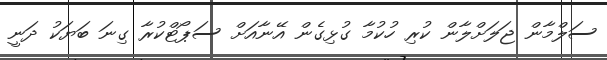
ސަލްމާން ޖަލަށްލާން ކުރި ހުކުމާ ގުޅިގެން އޭނާއަށް ސަޕޯޓްކުރާ ގިނަ ބަޔަކު ދަނީ